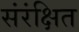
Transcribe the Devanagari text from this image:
संरंक्षित